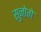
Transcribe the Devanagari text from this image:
सुनोगे